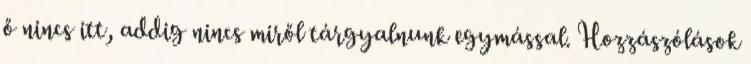
ő nincs itt, addig nincs miről tárgyalnunk egymással. Hozzászólások